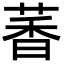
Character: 萫